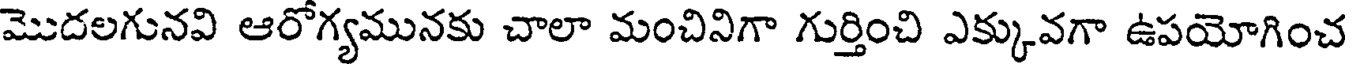
మొదలగునవి ఆరోగ్యమునకు చాలా మంచినిగా గుర్తించి ఎక్కువగా ఉపయోగించ